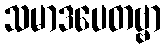
သမာဒပေတဗ္ဗာ